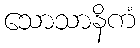
သောသာနိကံ